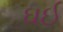
ઘઈ